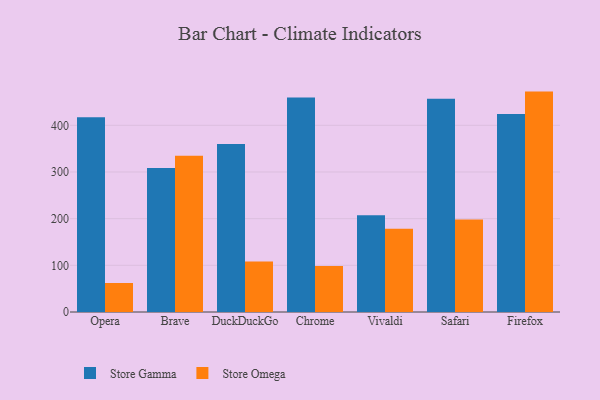
{"axis": {"x": "Browser", "y": "Latency (ms)"}, "legend": ["Store Gamma", "Store Omega"], "data": [{"x": "Opera", "y": 417.4, "type": "Store Gamma"}, {"x": "Opera", "y": 62.2, "type": "Store Omega"}, {"x": "Brave", "y": 308.3, "type": "Store Gamma"}, {"x": "Brave", "y": 334.8, "type": "Store Omega"}, {"x": "DuckDuckGo", "y": 359.9, "type": "Store Gamma"}, {"x": "DuckDuckGo", "y": 108.2, "type": "Store Omega"}, {"x": "Chrome", "y": 459.7, "type": "Store Gamma"}, {"x": "Chrome", "y": 98.8, "type": "Store Omega"}, {"x": "Vivaldi", "y": 207.4, "type": "Store Gamma"}, {"x": "Vivaldi", "y": 178.2, "type": "Store Omega"}, {"x": "Safari", "y": 456.7, "type": "Store Gamma"}, {"x": "Safari", "y": 198.0, "type": "Store Omega"}, {"x": "Firefox", "y": 424.1, "type": "Store Gamma"}, {"x": "Firefox", "y": 472.2, "type": "Store Omega"}]}